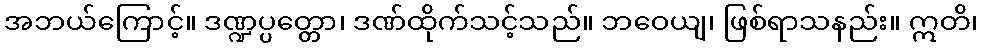
အဘယ်ကြောင့်။ ဒဏ္ဍပ္ပတ္တော၊ ဒဏ်ထိုက်သင့်သည်။ ဘဝေယျ၊ ဖြစ်ရာသနည်း။ ဣတိ၊